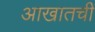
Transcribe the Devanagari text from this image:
आखातची